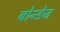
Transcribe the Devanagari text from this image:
बोन्डेज